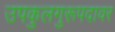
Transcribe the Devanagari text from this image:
उपकुलगुरूपदावर